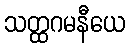
သတ္ထဂမနီယေ